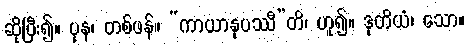
ဆိုပြီး၍။ ပုန၊ တစ်ဖန်။ “ကာယာနုပဿီ”တိ၊ ဟူ၍။ ဒုတိယံ၊ သော။